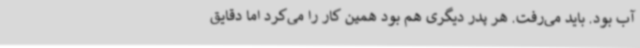
آب بود. باید می‌رفت. هر پدر دیگری هم بود همین کار را می‌کرد اما دقایق